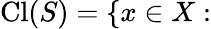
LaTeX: {\mathrm{Cl}}(S)=\{ x\in X: